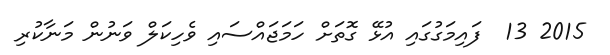
2015 13  ފައިމަގުގައި އުޅޭ ގޮތަށް ހަމަޖައްސައި ވެހިކަލް ވަނުން މަނާކުރި